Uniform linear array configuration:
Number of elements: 32
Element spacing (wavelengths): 0.25
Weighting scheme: binomial
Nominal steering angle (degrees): -30
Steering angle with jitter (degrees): -30.586
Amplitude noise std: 0.05
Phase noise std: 0.05

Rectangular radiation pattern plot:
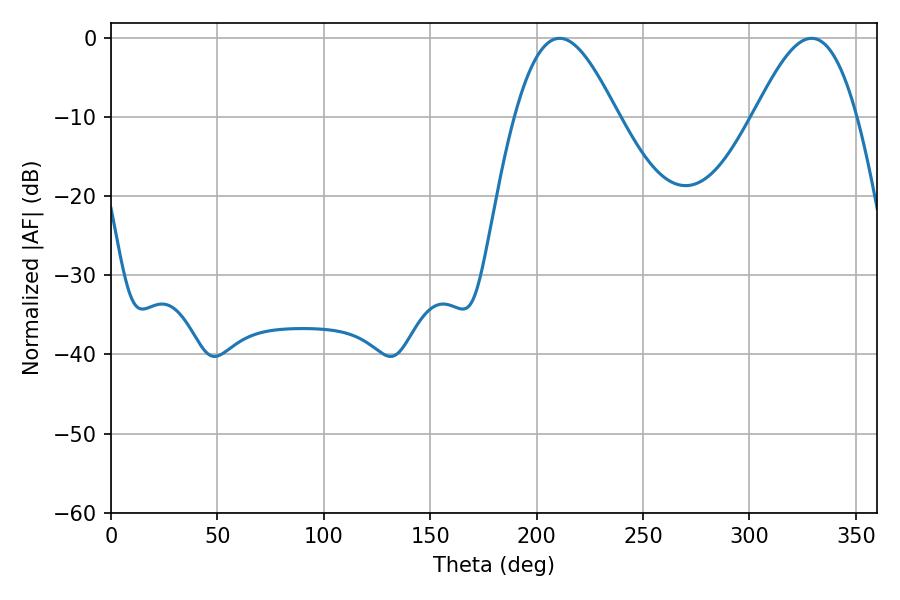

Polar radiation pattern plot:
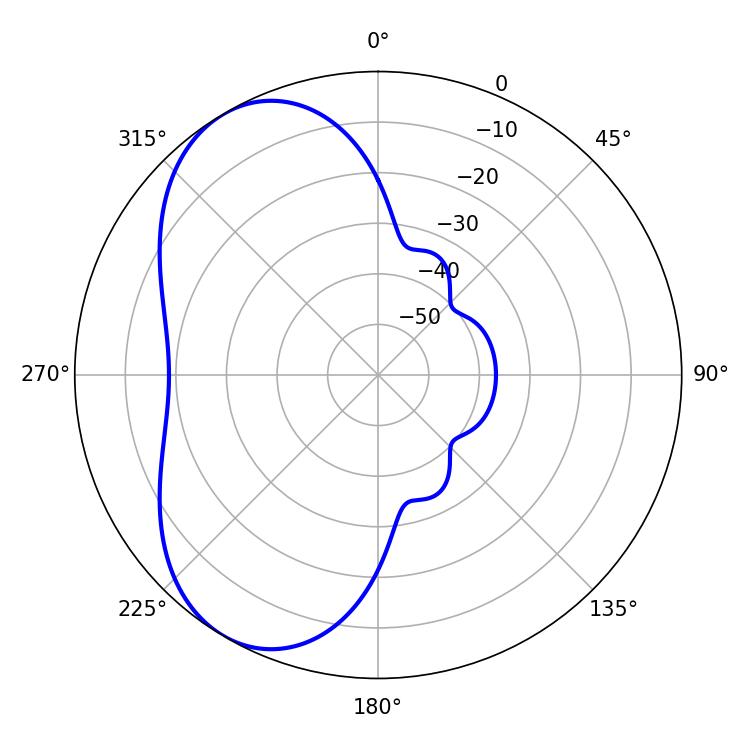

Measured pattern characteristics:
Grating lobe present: FALSE
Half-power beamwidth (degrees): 25.92
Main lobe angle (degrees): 210.78